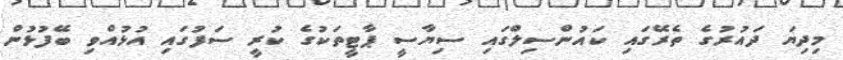
މިދިޔަ ދައުރުގެ ތެރޭގައި ކައުންސިލްގައި ސިޔާސީ ޕާޓީތަކުގެ ކުރީ ސަފުގައި އުޅުއްވި ބޭފުޅުން